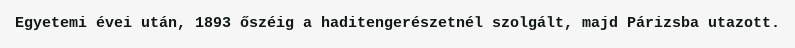
Egyetemi évei után, 1893 őszéig a haditengerészetnél szolgált, majd Párizsba utazott.